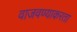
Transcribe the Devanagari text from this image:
वाजवण्याकरता